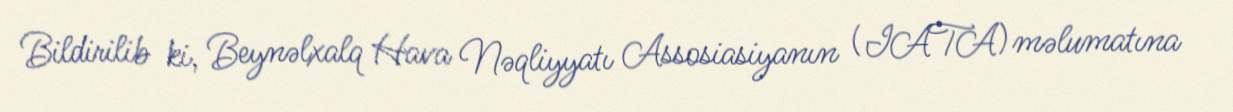
Bildirilib ki, Beynəlxalq Hava Nəqliyyatı Assosiasiyanın (IATA) məlumatına